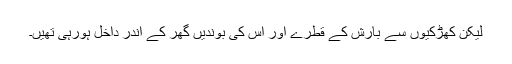
لیکن کھڑکیوں سے بارش کے قطرے اور اس کی بوندیں گھر کے اندر داخل ہورہی تھیں۔